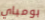
بومباي